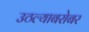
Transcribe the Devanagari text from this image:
उठल्याबरोबर